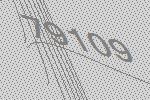
79109